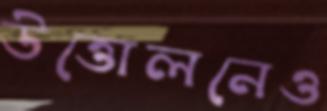
উত্তোলনেও